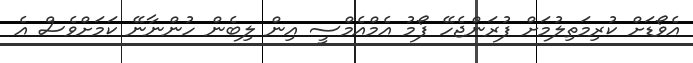
އެވޯޑަށް ކުރިމަތިލުމަށް ފުރަންޖެހޭ ފޯމު އެމްއެމްސީ އިން ލިބެން ހުންނާނޭ ކަމަށްވެސް އެ